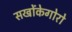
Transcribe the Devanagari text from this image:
सखोंकेगोरो